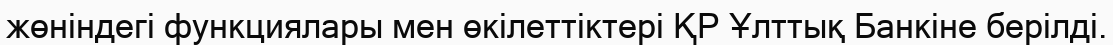
жөніндегі функциялары мен өкілеттіктері ҚР Ұлттық Банкіне берілді.